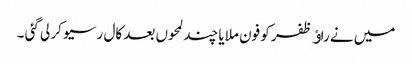
میں نے راﺅ ظفر کو فون ملایا چند لمحوں بعد کال رسیو کر لی گئی ۔